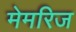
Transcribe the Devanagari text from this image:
मेमरिज